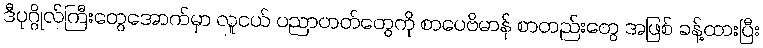
ဒီပုဂ္ဂိုလ်ကြီးတွေအောက်မှာ လူငယ် ပညာတတ်တွေကို စာပေဗိမာန် စာတည်းတွေ အဖြစ် ခန့်ထားပြီး